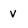
Character: v